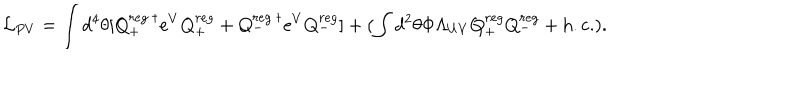
{ \cal L } _ { P V } = \int d ^ { 4 } \theta [ Q _ { + } ^ { r e g ~ \dagger } e ^ { V } Q _ { + } ^ { r e g } + Q _ { - } ^ { r e g ~ \dagger } e ^ { V } Q _ { - } ^ { r e g } ] + ( \int d ^ { 2 } \theta \Phi \Lambda _ { U V } Q _ { + } ^ { r e g } Q _ { - } ^ { r e g } + \mathrm { h . c . } ) .